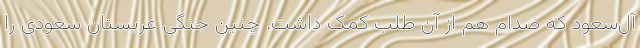
آل‌سعود که صدام هم از آن طلب کمک داشت. چنین جنگی عربستان سعودی را